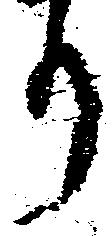
り